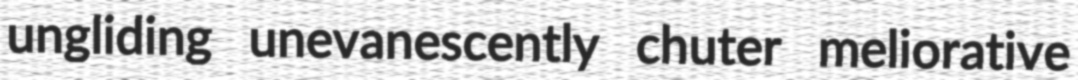
ungliding unevanescently chuter meliorative